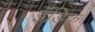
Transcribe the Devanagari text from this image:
इँडिक